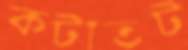
কটীতট